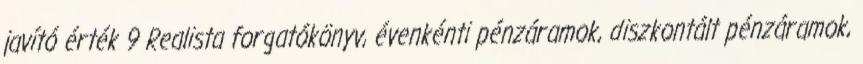
javító érték 9 Realista forgatókönyv, évenkénti pénzáramok, diszkontált pénzáramok,